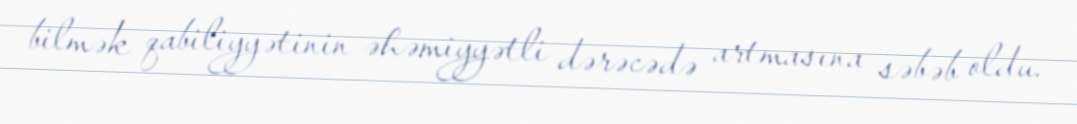
bilmək qabiliyyətinin əhəmiyyətli dərəcədə artmasına səbəb oldu.